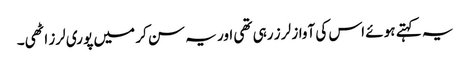
یہ کہتے ہو ئے اس کی آواز لر ز رہی تھی اور یہ سن کر میں پو ری لرز اٹھی۔